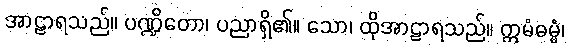
အာဠာရသည်။ ပဏ္ဍိတော၊ ပညာရှိ၏။ သော၊ ထိုအာဠာရသည်။ ဣမံဓမ္မံ၊